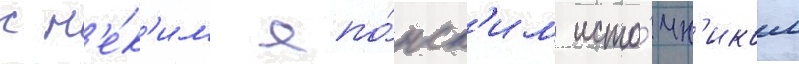
с н'е́к'им япо́нск'им исто́чн'иком